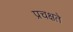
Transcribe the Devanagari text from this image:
प्रचक्षते